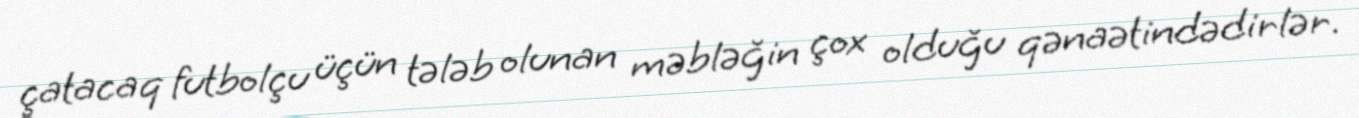
çatacaq futbolçu üçün tələb olunan məbləğin çox olduğu qənaətindədirlər.